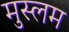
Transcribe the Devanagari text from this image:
मुस्लम